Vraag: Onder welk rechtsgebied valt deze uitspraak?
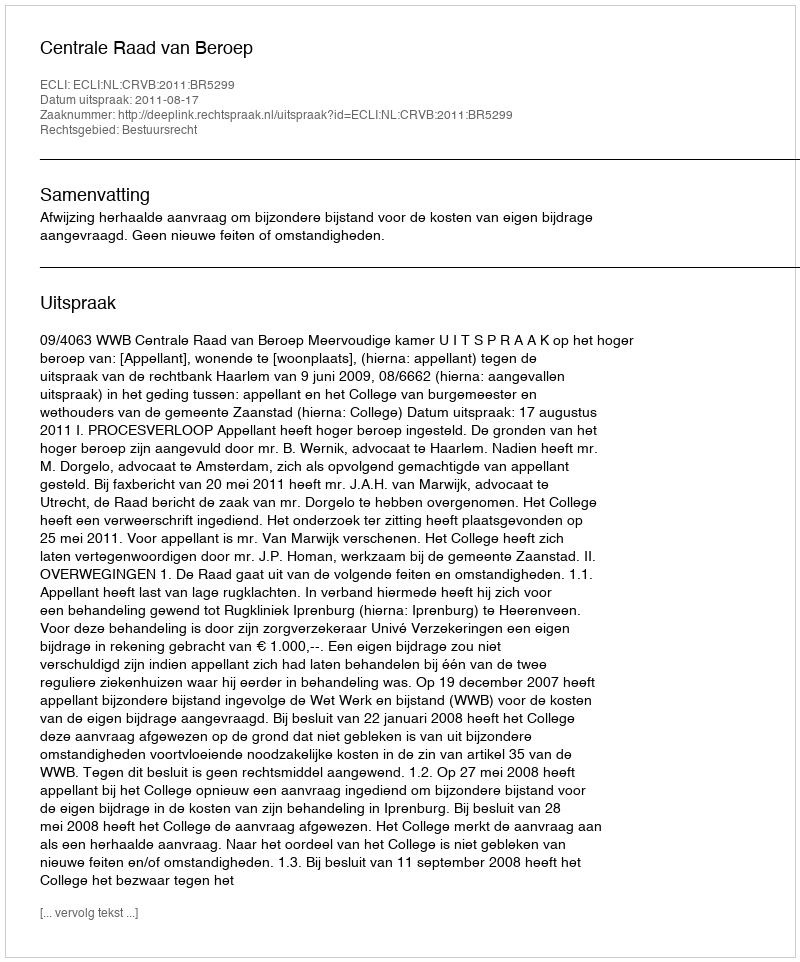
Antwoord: Bestuursrecht